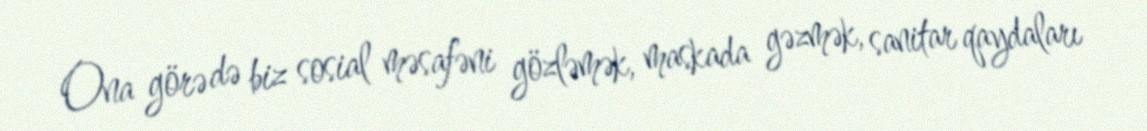
Ona görə də biz sosial məsafəni gözləmək, maskada gəzmək, sanitar qaydaları